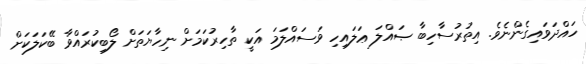
ހައްދަވައިގެންނެވެ. އިތުރުސާހިބާ ޞައްލަ ޢަލައިހި ވަސައްލަމަ އަކީ ތާހިރުކަމަށް ނިހާޔަތަށް ލޯބިކުރައްވާ ބޭކަލަކަށް